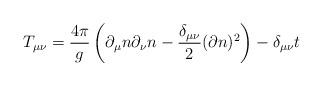
LaTeX: \begin{align*}T_{\mu\nu} = \frac{4\pi}{g} \left(\partial_{\mu} n \partial_{\nu} n - \frac{\delta_{\mu\nu}}{2}( \partial n)^2 \right) - \delta_{\mu\nu} t\end{align*}